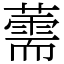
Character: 薷